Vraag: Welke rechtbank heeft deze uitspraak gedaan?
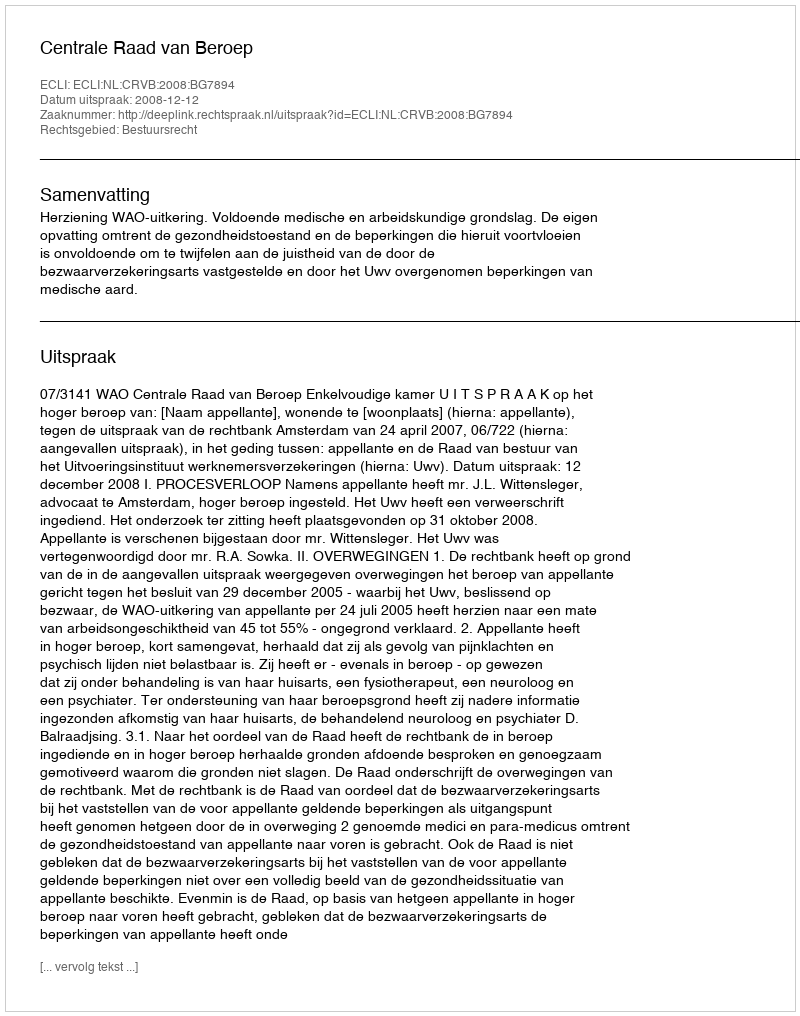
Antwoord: Centrale Raad van Beroep